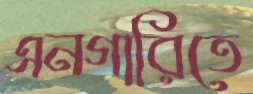
এনগারিতে